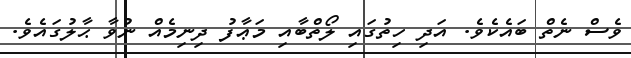
ވެސް ނެތް ބައެކެވެ. އަދި ހިތުގައި ލޯތްބާއި މަޢާފު ދިނިމެއް ނުވާ ޙާލުގައެވެ.